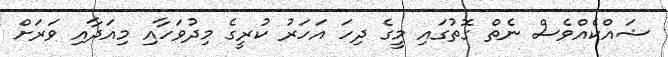
ޝައްކެއްވެސް ނެތް ގޮތުގައި މީގެ ދިހަ އަހަރު ކުރީގެ މިދުވަހާއި މިއަދާއި ވަރަށް